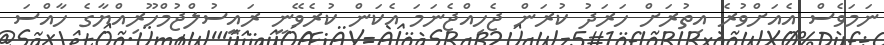
ނަމަވެސް އެއަށްވުރެ އިތުރަށް ހަރަދު ކުރަން ޖެހިއްޖެނަމަ އެކަން ކުރެވޭނީ ރައީސުލްޖުމްހޫރިއްޔާގެ ހާއްސަ